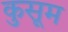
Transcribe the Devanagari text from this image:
कुसूम